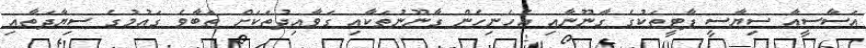
އަސާސީއާ ސިޔާސީ ޕާޓީތަކުގެ ގާނޫނާއި އެހެނިހެން ގާނޫނުތަކާއި ގަވާއިދުތަކަށް ތަބާވެ ގައުމުގެ ސިޔާދަތާއި